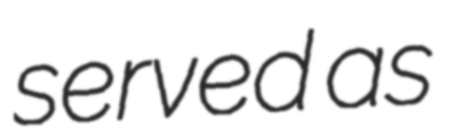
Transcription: served as